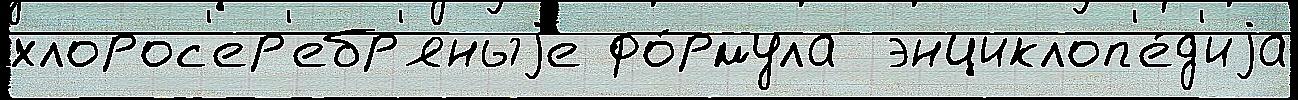
хлорос'ер'ебр'яныjе фо́рмула  энциклоп'е́д'иjа